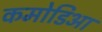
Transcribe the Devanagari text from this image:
कमोडिआ